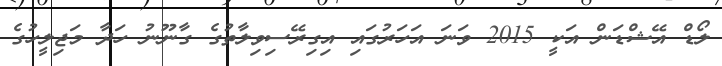
ލޯޑް އޭޝްޑަން އަކީ 2015 ވަނަ އަހަރުގައި އިގިރޭސިވިލާތުގެ ގާނޫނު ހަދާ މަޖިލީހުގެ